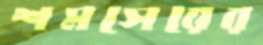
শমসেরের